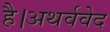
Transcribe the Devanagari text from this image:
है।अथर्ववेद